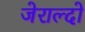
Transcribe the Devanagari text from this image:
जेराल्दो